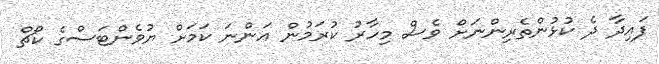
ފައިދާ ދެ ކުޅުންތެރިންނަށް ވެސް މިހާރު ކުރަމުން އަންނަ ކަމަށް ޔުވެންޓަސްގެ ކޯޗް